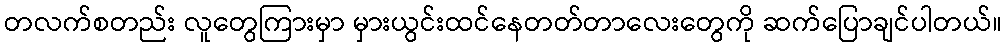
တလက်စတည်း လူတွေကြားမှာ မှားယွင်းထင်နေတတ်တာလေးတွေကို ဆက်ပြောချင်ပါတယ်။